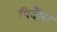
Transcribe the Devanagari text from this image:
पिदौरा